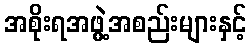
အစိုးရအဖွဲ့အစည်းများနှင့်